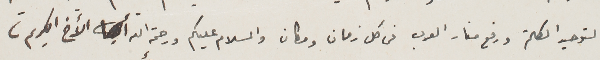
لتوحيد الكلمة ورفع منار العرب فى كل زمان ومكان والسلام عليكم ورحمة الله الأخ الكريم،